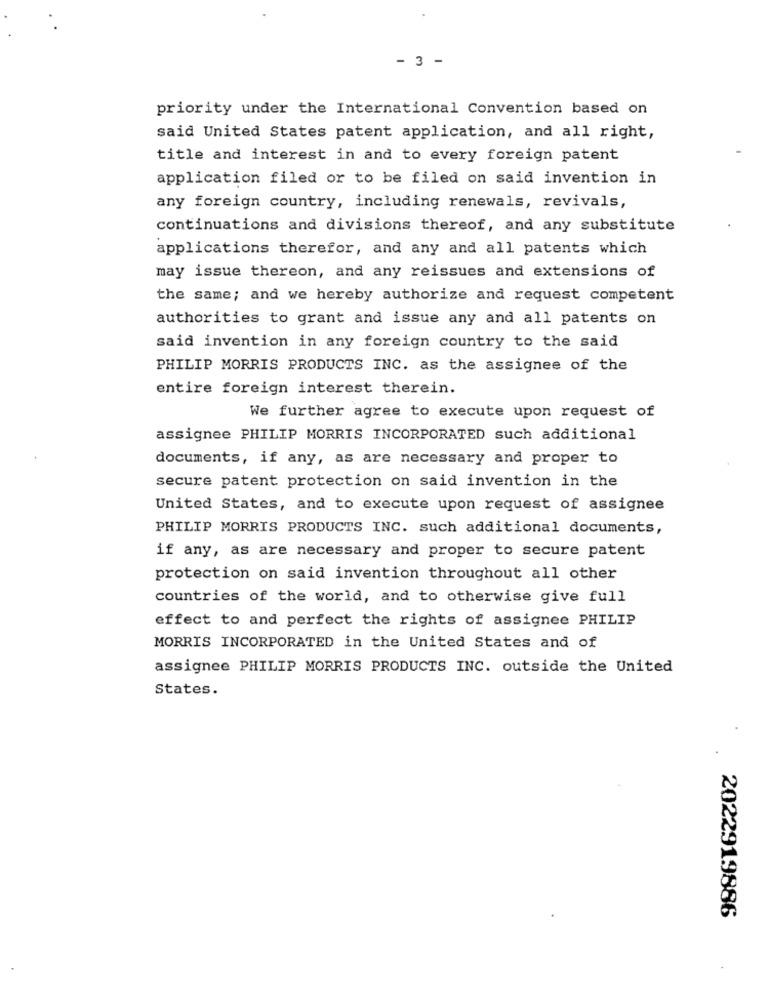
- 3 -
priority under the International Convention based on
said United States patent application, and all right,
title and interest in and to every foreign patent
application filed or to be filed on said invention in
any foreign country, including renewals, revivals,
continuations and divisions thereof, and any substitute
applications therefor, and any and all patents which
may issue thereon, and any reissues and extensions of
the same; and we hereby authorize and request competent
authorities to grant and issue any and all patents on
said invention in any foreign country to the said
PHILIP MORRIS PRODUCTS INC. as the assignee of the
entire foreign interest therein.
We further agree to execute upon request of
assignee PHILIP MORRIS INCORPORATED such additional
documents, if any, as are necessary and proper to
secure patent protection on said invention in the
United States, and to execute upon request of assignee
PHILIP MORRIS PRODUCTS INC. such additional documents,
if any, as are necessary and proper to secure patent
protection on said invention throughout all other
countries of the world, and to otherwise give full
effect to and perfect the rights of assignee PHILIP
MORRIS INCORPORATED in the United States and of
assignee PHILIP MORRIS PRODUCTS INC. outside the United
States.
2022919886